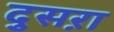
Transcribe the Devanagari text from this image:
दुसऱा